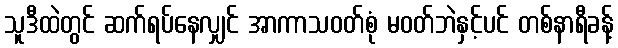
သူဒီထဲတွင် ဆက်ရပ်နေလျှင် အာကာသဝတ်စုံ မဝတ်ဘဲနှင့်ပင် တစ်နာရီခန့်